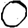
Digit: 0